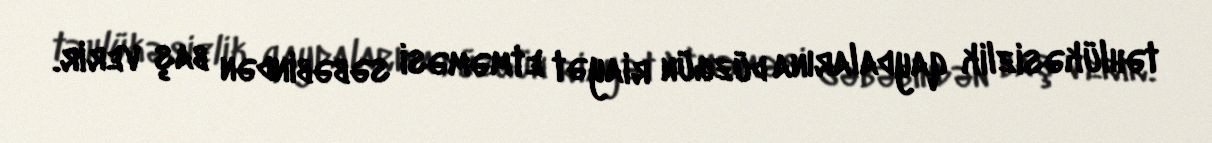
təhlükəsizlik qaydalarına düzgün riayət etməməsi səbəbindən baş verir.